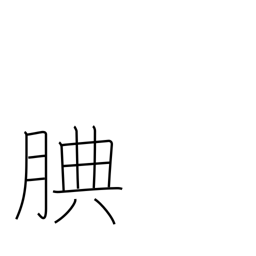
Meaning: considerate